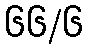
၆၆/၆